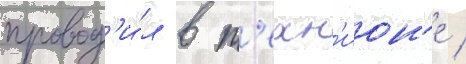
провод'и́л в т'ехн'ион'е /